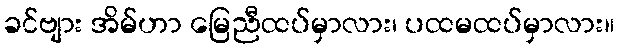
ခင်ဗျား အိမ်ဟာ မြေညီထပ်မှာလား၊ ပထမထပ်မှာလား။